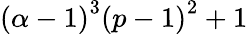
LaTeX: \left(\alpha-1\right)^{3}\left(p-1\right)^{2}+1